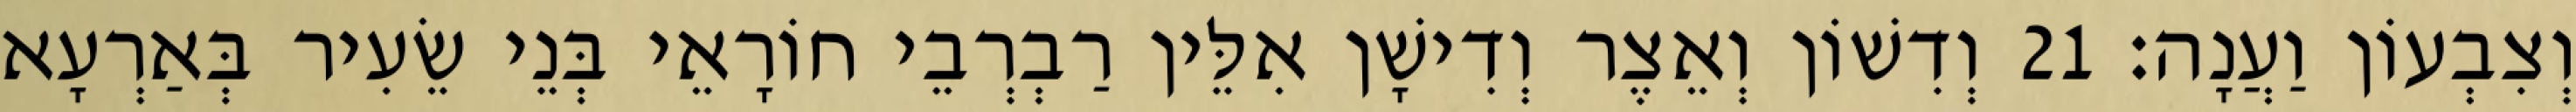
וְצִבְעוֹן וַעֲנָה׃ 21 וְדִשׁוֹן וְאֵצֶר וְדִישָׁן אִלֵּין רַבְרְבֵי חוֹרָאֵי בְּנֵי שֵׂעִיר בְּאַרְעָא